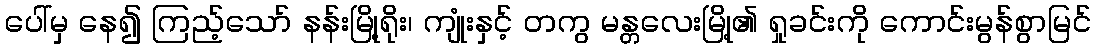
ပေါ်မှ နေ၍ ကြည့်သော် နန်းမြို့ရိုး၊ ကျုံးနှင့် တကွ မန္တလေးမြို့၏ ရှုခင်းကို ကောင်းမွန်စွာမြင်